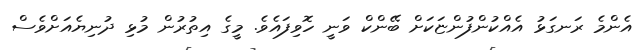
އެންމެ ރަނގަޅު އެއްކުންފުންޏަކަށް ބޭންކް ވަނީ ހޮވިފައެވެ. މީގެ އިތުރުން މުޅި ދުނިޔެއަށްވެސް